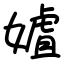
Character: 㜘